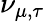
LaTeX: \nu_{\mu,\tau}